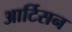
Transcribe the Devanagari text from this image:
आर्टिसन